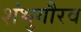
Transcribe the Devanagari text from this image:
शंभुगौरव